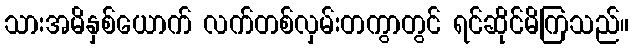
သားအမိနှစ်ယောက် လက်တစ်လှမ်းတကွာတွင် ရင်ဆိုင်မိကြသည်။